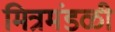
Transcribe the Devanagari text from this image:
मित्रमंडळी